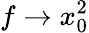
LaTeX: f\to x_{0}^{2}